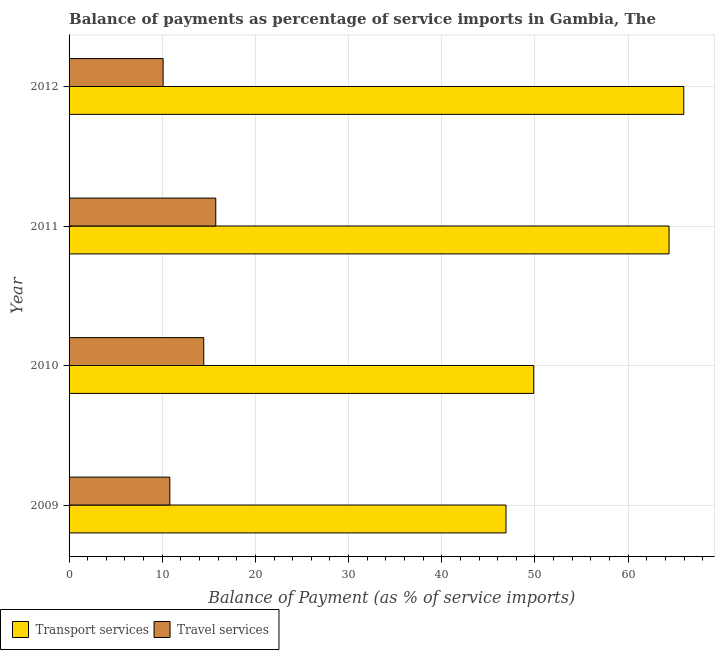
| Year | Transport services | Travel services |
 | --- | --- | --- |
 | 2009 | 46.9 | 10.8 |
 | 2010 | 49.9 | 14.5 |
 | 2011 | 64.4 | 15.7 |
 | 2012 | 66 | 10.1 |